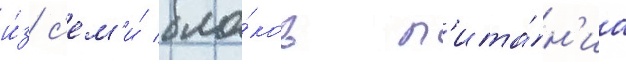
и́з с'ем'и́ бло́ков п'ита́н'иа